Insane asylums in Bengal annual reports 1876-1887 - 1876-1887
Year: 1876
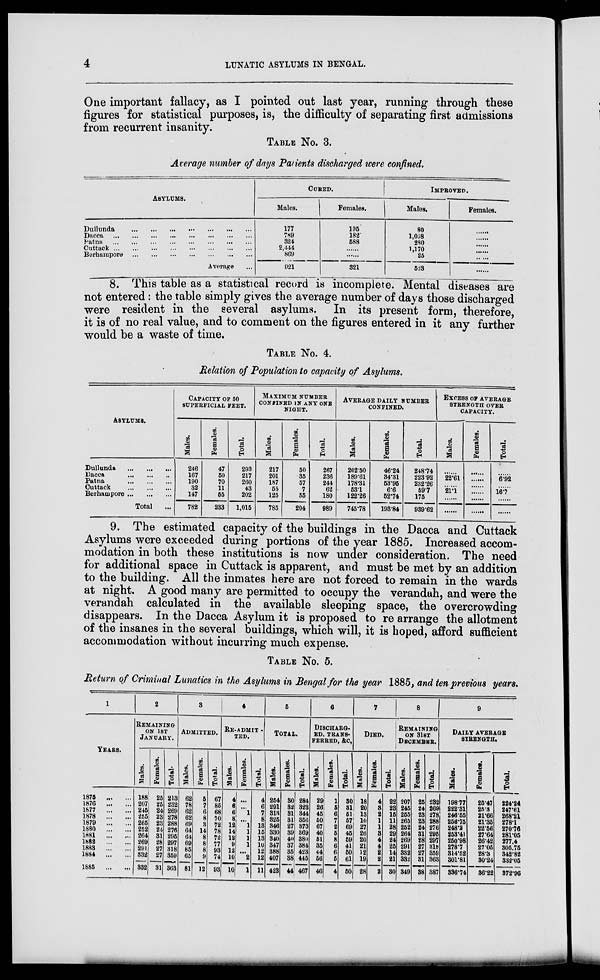
4
LUNATIC ASYLUMS IN BENGAL.
One important fallacy, as I pointed out last year, running through these
figures for statistical purposes, is, the difficulty of separating first admissions
from recurrent insanity.
TABLE No. 3.
Average number of days Patients discharged were confined.
ASYLUMS.
Dullunda ...
...
...
...
...
...
...
Dacca
...
...
...
...
...
...
...
...
Patna
...
...
...
...
...
...
...
...
Cuttack
...
...
...
...
...
...
...
Berhampore ... ... ... ... ... ... ...
Average ...
CURED.
Males.
177
789
324
2,444
869
921
Females.
195
182
588
......
......
321
IMPROVED.
Males.
80
1,058
280
1,170
25
523
Females.
......
......
......
......
......
......
8. This table as a statistical record is incomplete. Mental diseases are
not entered: the table simply gives the average number of days those discharged
were resident in the several asylums. In its present form, therefore,
it is of no real value, and to comment on the figures entered in it any further
would be a waste of time.
TABLE No. 4.
Relation of Population to capacity of Asylums.
ASYLUMS.
Dullunda
...
...
...
Dacca
...
...
...
Patna
...
...
...
Cuttack
...
...
...
Berhampore ... ... ...
Total ...
CAPACITY OF 50
SUPERFICIAL FEET.
Males.
246
167
190
32
147
782
Females.
47
50
70
11
55
233
Total.
293
217
260
43
202
1,015
MAXIMUM NUMBER
CONFINED IN ANY ONE
NIGHT.
Males.
217
201
187
55
125
785
Females.
50
35
57
7
55
204
Total.
267
236
241
62
180
989
AVERAGE DAILY NUMBER
CONFINED.
Males.
202.50
189.61
178.31
53.1
122.26
745.78
Females.
46.24
34.31
53.95
6.6
52.74
193.84
Total.
248.74
223.92
232.26
59.7
175
939.62
EXCE8S OF AVERAGE
STRENGTH OVER
CAPACITY.
Males.
......
22.6l
......
21.1
......
......
Females.
......
......
......
......
......
......
Total.
......
6.92
......
16.7
......
......
9. The estimated capacity of the buildings in the Dacca and Cuttack
Asylums were exceeded during portions of the year 1885. Increased accom-
modation in both these institutions is now under consideration. The need
for additional space in Cuttack is apparent, and must be met by an addition
to the building. All the inmates here are not forced to remain in the wards
at night. A good many are permitted to occupy the verandah, and were the
verandah calculated in the available sleeping space, the overcrowding
disappears. In the Dacca Asylum it is proposed to re arrange the allotment
of the insanes in the several buildings, which will, it is hoped, afford sufficient
accommodation without incurring much expense.
TABLE No. 5.
Return of Criminal Lunatics in the Asylums in Bengal for the year 1885, and ten previous years.
1
YEARS.
1875
...
...
1876
...
...
1877
...
...
1878
...
...
1879
...
...
1880
...
...
1881 ... ...
1882
...
...
1883
...
...
1884
...
...
1885
...
...
2
REMAINING
ON 1ST
JANUARY.
Males.
188
207
245
255
265
252
264
269
291
332
332
Females.
25
25
24
23
23
24
31
28
27
27
31
Total-
213
232
269
278
288
276
295
297
318
359
363
3
ADMITTED.
Males.
62
78
62
62
69
64
64
69
85
65
81
Females.
5
7
6
8
3
14
8
8
8
9
12
Total.
67
85
68
70
72
78
72
77
93
74
93
4
RE-ADMIT-
TED.
Males.
4
6
6
8
12
14
12
9
12
10
10
Females.
...
...
1
...
1
1
1
1
...
2
1
Total.
4
6
7
8
13
15
13
10
12
12
11
5
TOTAL.
Males.
254
291
313
325
346
330
340
347
388
407
423
Females.
30
32
31
31
27
39
40
37
35
38
44
Total.
284
323
344
356
373
369
380
384
423
445
467
6
DISCHARG-
--, TRANS-
FERRED, &c.
Males.
29
26
45
50
67
40
51
35
44
56
46
Females.
1
5
6
7
2
5
8
6
6
5
4
Total.
30
31
51
57
69
45
59
41
50
61
50
7
DIED.
Males.
18
20
13
10
27
26
20
21
12
19
28
Females.
4
3
2
1
1
3
4
4
2
2
2
Total.
22
23
15
11
28
29
24
25
14
21
30
8
REMAINING
ON 31ST
DECEMBER.
Males.
207
245
255
265
252
264
269
291
332
332
349
Females.
25
24
23
23
24
31
28
27
27
31
38
Total.
232
269
278
288
276
295
297
318
359
363
387
9
DAILY AVERAGE
STRENGTH.
Males.
198.77
222.31
246.55
256.75
248.2
253.41
250.98
278.7
314.52
301.81
336.74
Females.
25.47
25.3
21.66
21.35
22.56
27.64
26.42
27.05
28.3
30.24
36.22
Total.
224.24
247.61
268.21
278.1
270.76
281.05
277.4
305.75
342.82
332.05
372.96